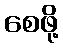
စေဖို့